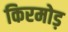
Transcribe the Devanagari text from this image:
किरमोड़